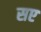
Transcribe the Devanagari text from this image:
सए